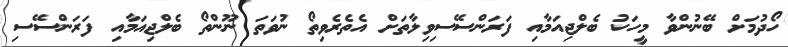
ހޯދުމަށް ބޭނުންވާ މީހަކު ބެލްޖިއަމާއި ފަރަންސޭސިވިލާތަށް އެތެރެވިތޯ ނުވަތަ ނޫންތޯ ބެލްޖިއަމާއި ފަރަންސޭސި